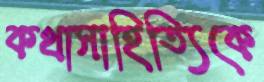
কথাসাহিত্যিকে